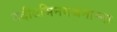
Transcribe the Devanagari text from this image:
तदीऽभिनवश्चनाम्ना